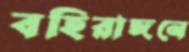
বহিরাঙ্গনে